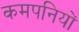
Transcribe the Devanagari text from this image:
कमपनियों